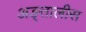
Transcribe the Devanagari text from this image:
अङ्तालीस